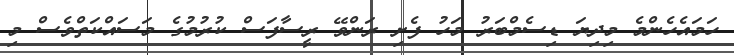
ހަމައެހެންމެ މިދިޔަ ޑިސެމްބަރު މަހު ފެށި ރަންވޭ ރީސާފަސް ކުރުމުގެ މަސައްކަތްވެސް މި